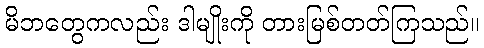
မိဘတွေကလည်း ဒါမျိုးကို တားမြစ်တတ်ကြသည်။